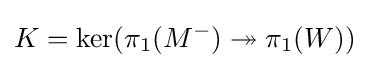
K=\ker(\pi _{1}(M^{-})\twoheadrightarrow \pi _{1}(W))